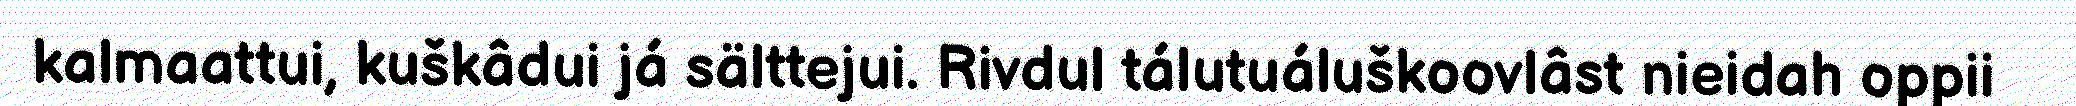
kalmaattui, kuškâdui já sälttejui. Rivdul tálutuáluškoovlâst nieidah oppii